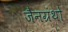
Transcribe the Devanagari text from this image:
जैनग्रंथो